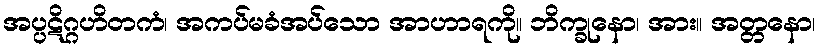
အပ္ပဋိဂ္ဂဟိတကံ၊ အကပ်မခံအပ်သော အာဟာရကို။ ဘိက္ခုနော၊ အား။ အတ္တနော၊